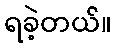
ရခဲ့တယ်။